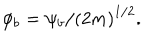
\phi _ { b } = \psi _ { b } / \left( 2 m \right) ^ { 1 / 2 } .